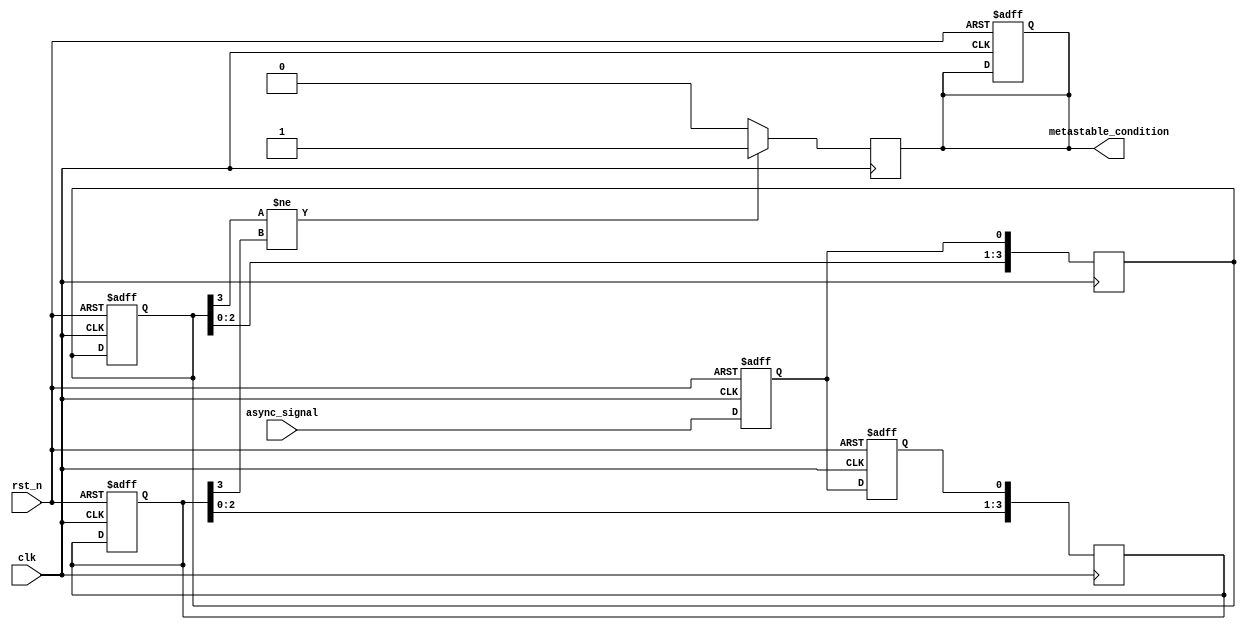
module metastability_detector #(
    parameter N = 4 // Number of clock cycles for sampling
)(
    input wire clk,         // Clock signal
    input wire rst_n,       // Active low reset signal
    input wire async_signal, // Asynchronous input signal to be monitored
    output reg metastable_condition // Output signal indicating metastability condition
);

    // Internal signals
    reg latch1, latch2;
    reg [N-1:0] memory_block [1:0]; // Memory blocks for storing latch outputs
    integer i;

    // Latch behavior
    always @(posedge clk or negedge rst_n) begin
        if (!rst_n) begin
            latch1 <= 1'b0;
            latch2 <= 1'b0;
            metastable_condition <= 1'b0;
            // Clear memory blocks
            for (i = 0; i < N; i = i + 1) begin
                memory_block[0][i] <= 1'b0;
                memory_block[1][i] <= 1'b0;
            end
        end else begin
            latch1 <= async_signal; // Sample the async signal
            latch2 <= latch1;       // Sample the output of the first latch
        end
    end

    // Store latch outputs in memory blocks
    always @(posedge clk) begin
        // Shift memory blocks
        for (i = N-1; i > 0; i = i - 1) begin
            memory_block[0][i] <= memory_block[0][i-1];
            memory_block[1][i] <= memory_block[1][i-1];
        end
        memory_block[0][0] <= latch1; // Store latch1 output
        memory_block[1][0] <= latch2; // Store latch2 output
    end

    // Metastability detection logic
    always @(posedge clk) begin
        // Check if outputs are inconsistent
        if (memory_block[0][N-1] != memory_block[1][N-1]) begin
            metastable_condition <= 1'b1; // Indicate metastability condition
        end else begin
            metastable_condition <= 1'b0; // Clear metastability condition
        end
    end

endmodule